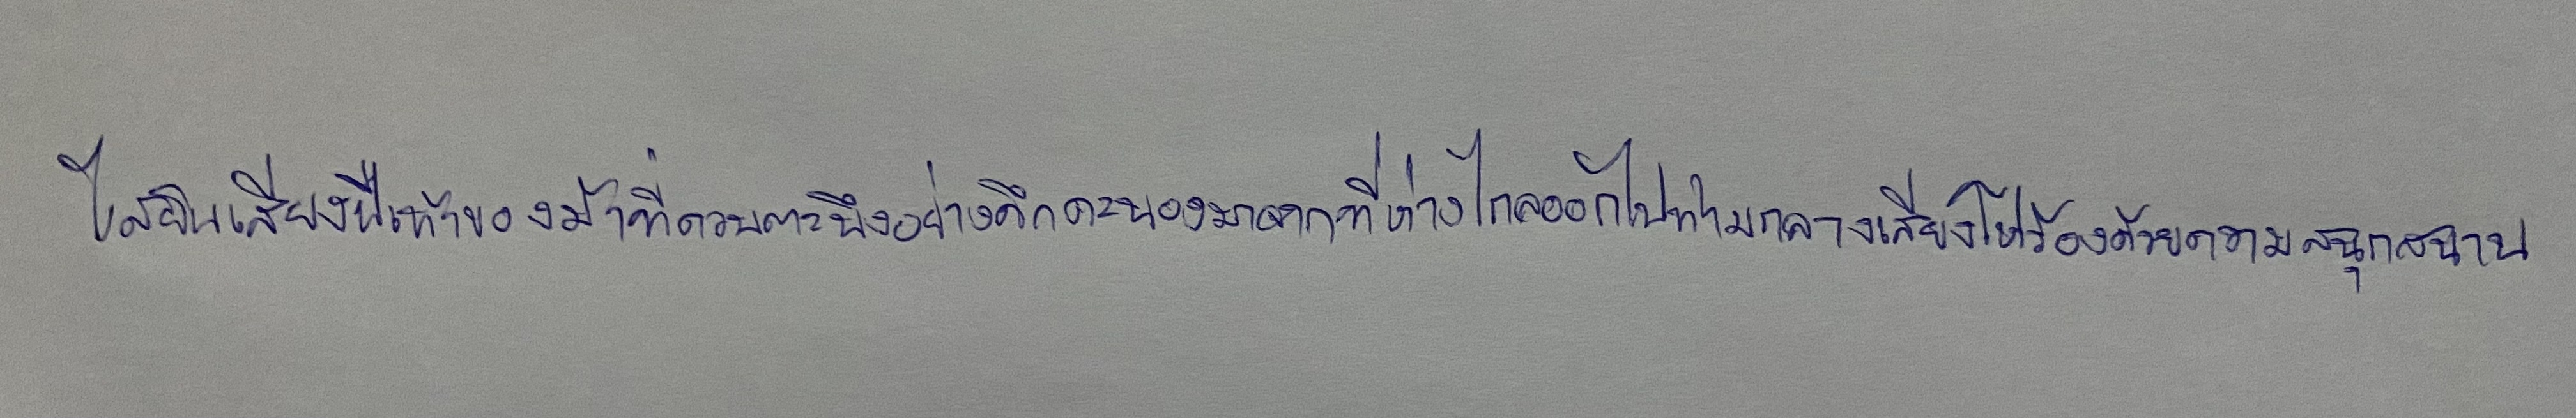
ได้ยินเสียงฝีเท้าของม้าที่ควบตะบึงอย่างคึกคะนองมาจากที่ห่างไกลออกไปท่ามกลางเสียงโห่ร้องด้วยความสนุกสนาน